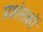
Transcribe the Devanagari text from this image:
प्रशंसकॊं